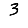
Digit: 3